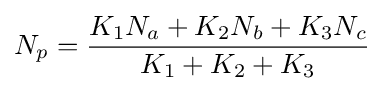
N_{p}={\frac {K_{1}N_{a}+K_{2}N_{b}+K_{3}N_{c}}{K_{1}+K_{2}+K_{3}}}